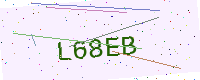
Text: L68EB